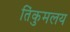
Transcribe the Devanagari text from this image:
तिंकुमलय